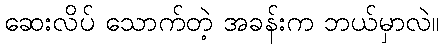
ဆေးလိပ် သောက်တဲ့ အခန်းက ဘယ်မှာလဲ။